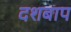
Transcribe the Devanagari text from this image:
दशबाप